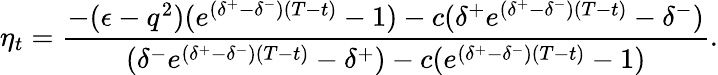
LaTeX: \eta_{t}=\frac{-(\epsilon-q^{2})(e^{(\delta^{+}-\delta^{-})(T-t)}-1)-c(\delta^{+}e^{(\delta^{+}-\delta^{-})(T-t)}-\delta^{-})}{(\delta^{-}e^{(\delta^{+}-\delta^{-})(T-t)}-\delta^{+})-c(e^{(\delta^{+}-\delta^{-})(T-t)}-1)}.